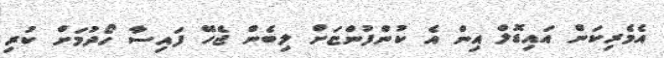
އެމެރިކަން އައިޑޮލް އިން އެ ކުންފުންޏަށް ލިބެން ޖެހޭ ފައިސާ ހޯދުމަށް ކުރި